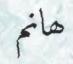
ھانم